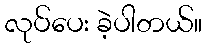
လုပ်ပေး ခဲ့ပါတယ်။